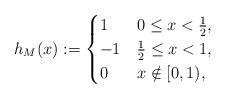
LaTeX: \begin{align*}h_M(x) := \begin{cases}1 & 0\leq x <\frac12,\\-1 & \frac12\leq x<1,\\0 & x\notin[0,1),\end{cases}\end{align*}